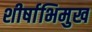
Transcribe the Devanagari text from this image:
शीर्षाभिमुख